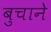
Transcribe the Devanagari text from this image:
बुचाने